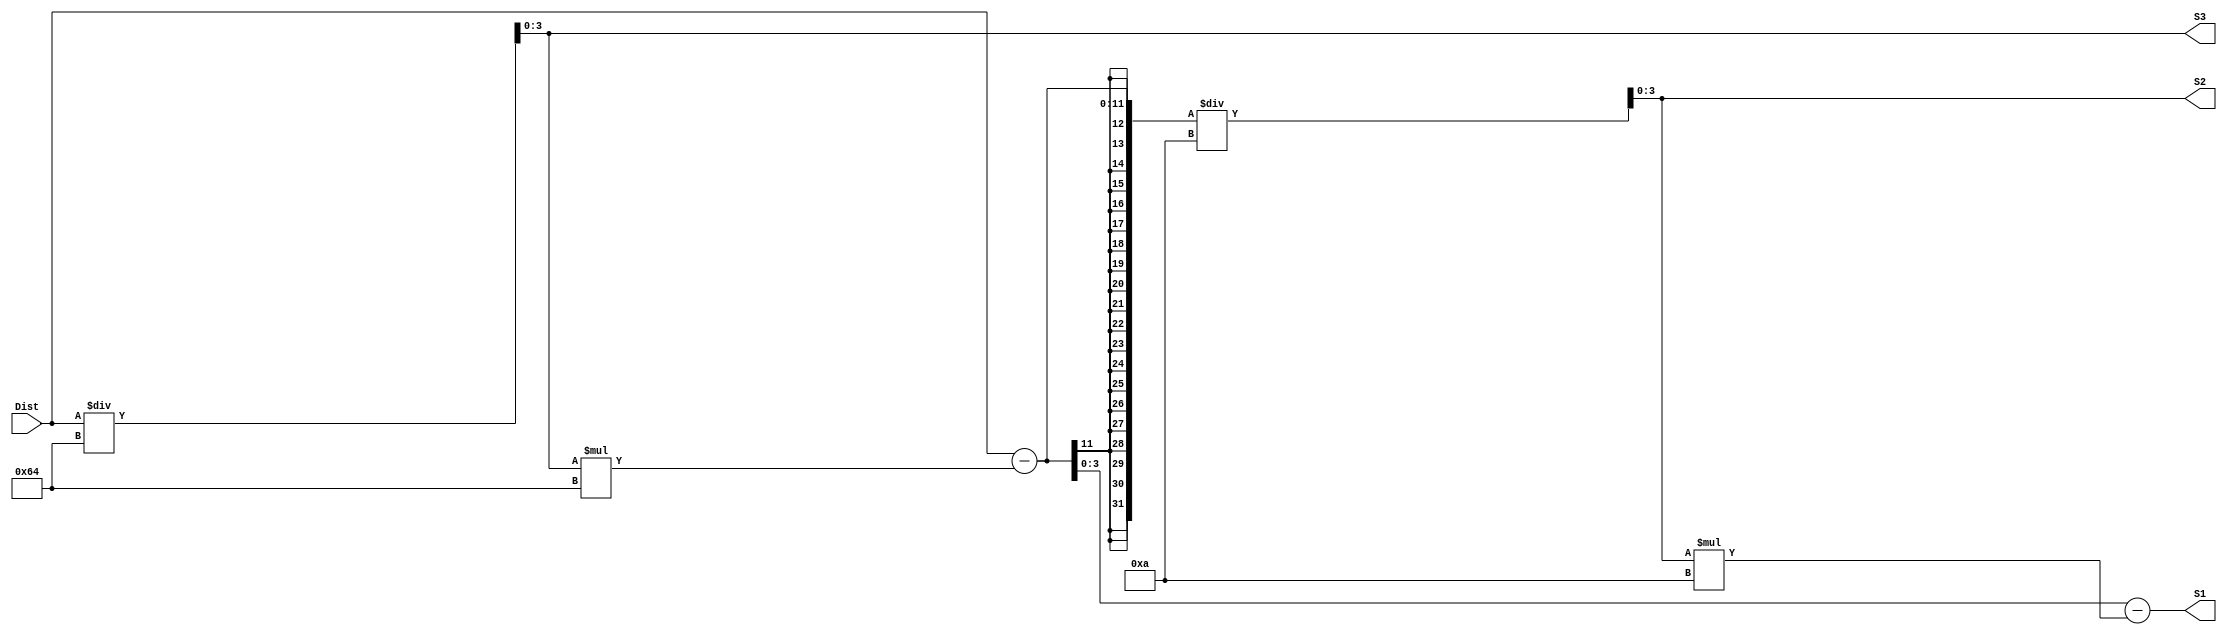
module Split8BitsBy3(Dist, S1, S2, S3);

input[7:0] Dist ;

output reg[3:0] S1, S2, S3 ;


always@(Dist)
	begin
			S3 = Dist / 100 ;
			S2 = (Dist - S3*100)/10 ;
			S1 = Dist - S3*100 - S2*10 ;
	end


endmodule